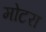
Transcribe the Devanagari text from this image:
मोटरा